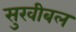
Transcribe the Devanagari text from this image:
सुखीबल